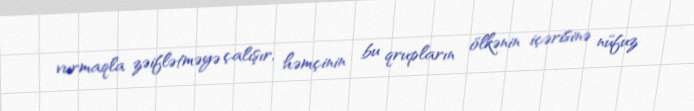
vurmaqla zəiflətməyə çalışır, həmçinin bu qrupların ölkənin içərisinə nüfuz